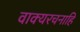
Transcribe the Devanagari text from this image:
वाक्यरचनाहि